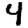
Digit: 4